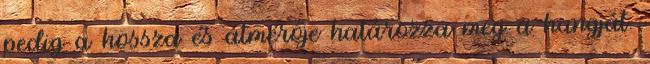
pedig a hossza és átmérője határozza meg a hangját.